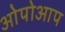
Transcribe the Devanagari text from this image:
ओपोआप